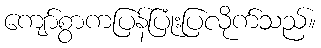
ကျော်စွာကပြန်ပြုံးပြလိုက်သည်။